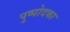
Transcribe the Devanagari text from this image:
पुष्पोदका